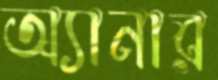
অ্যানার